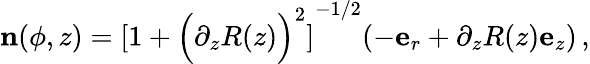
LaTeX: \textbf{n}(\phi,z)=\left[1+\Big(\partial_{z}R(z)\Big)^{2}\right]^{-1/2}(-\textbf{e}_{r}+\partial_{z}R(z)\textbf{e}_{z})\, ,